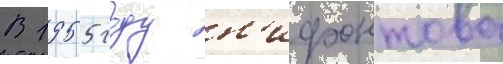
В 1955 году н'ифонтова